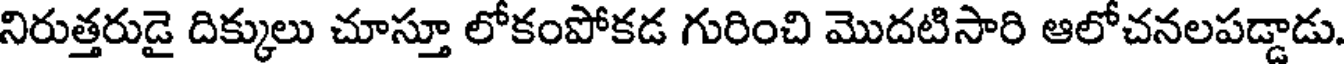
నిరుత్తరుడై దిక్కులు చూస్తూ లోకంపోకడ గురించి మొదటిసారి ఆలోచనలపడ్డాడు.